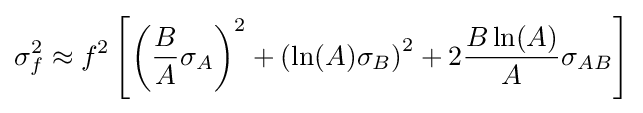
\sigma _{f}^{2}\approx f^{2}\left[\left({\frac {B}{A}}\sigma _{A}\right)^{2}+\left(\ln(A)\sigma _{B}\right)^{2}+2{\frac {B\ln(A)}{A}}\sigma _{AB}\right]